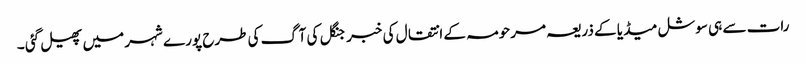
رات سے ہی سوشل میڈ یا کے ذریعہ مرحومہ کے انتقال کی خبر جنگل کی آگ کی طرح پورے شہر میں پھیل گئی ۔